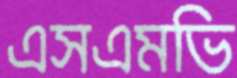
এসএমভি